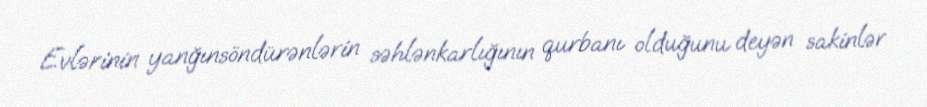
Evlərinin yanğınsöndürənlərin səhlənkarlığının qurbanı olduğunu deyən sakinlər